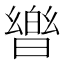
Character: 𭧡